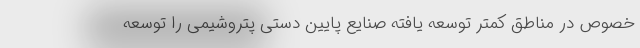
خصوص در مناطق کمتر توسعه یافته صنایع پایین دستی پتروشیمی را توسعه